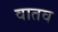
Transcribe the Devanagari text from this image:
वातव